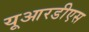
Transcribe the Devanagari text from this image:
यूआरडीएस